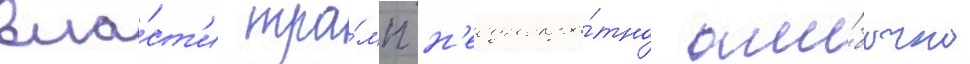
вла́ст'и тра́мп н'еоднокра́тно оши́бочно